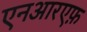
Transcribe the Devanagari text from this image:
एनआरएफ़